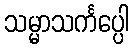
သမ္မာသင်္ကပ္ပေါ